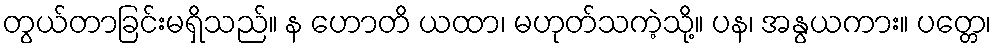
တွယ်တာခြင်းမရှိသည်။ န ဟောတိ ယထာ၊ မဟုတ်သကဲ့သို့။ ပန၊ အနွယကား။ ပတ္တေ၊